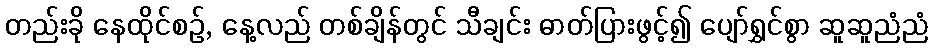
တည်းခို နေထိုင်စဉ်, နေ့လည် တစ်ချိန်တွင် သီချင်း ဓာတ်ပြားဖွင့်၍ ပျော်ရွှင်စွာ ဆူဆူညံညံ